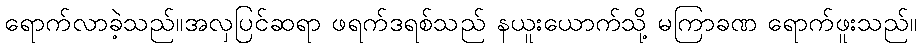
ရောက်လာခဲ့သည်။အလှပြင်ဆရာ ဖရက်ဒရစ်သည် နယူးယောက်သို့ မကြာခဏ ရောက်ဖူးသည်။